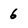
Character: 6